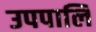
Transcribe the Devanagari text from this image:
उपपालि